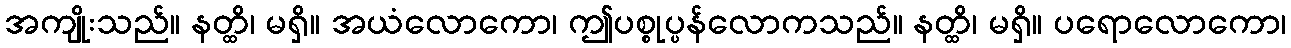
အကျိုးသည်။ နတ္ထိ၊ မရှိ။ အယံလောကော၊ ဤပစ္စုပ္ပန်လောကသည်။ နတ္ထိ၊ မရှိ။ ပရောလောကော၊